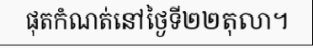
ផុតកំណត់នៅថ្ងៃទី២២តុលា។